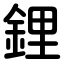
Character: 鋰